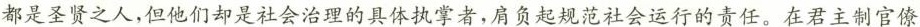
都是圣贤之人，但他们却是社会治理的具体执掌者，肩负起规范社会运行的责任。在君主制官僚